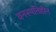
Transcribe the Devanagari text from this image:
वनस्पतिहीन